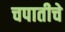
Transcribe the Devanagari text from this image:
चपातीचे